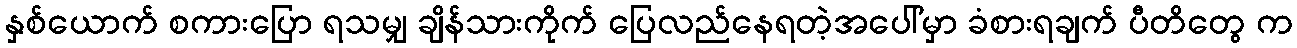
နှစ်ယောက် စကားပြော ရသမျှ ချိန်သားကိုက် ပြေလည်နေရတဲ့အပေါ်မှာ ခံစားရချက် ပီတိတွေ က